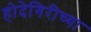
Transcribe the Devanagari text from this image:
होदेगिरीच्या